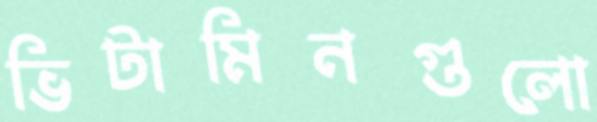
ভিটামিনগুলো